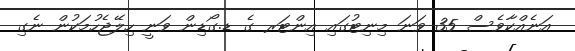
އަނެއްކާވެސް 35 ވަނަ މިނިޓުގައި އިންޓަރ ގެ ޑ.ގޯޑިން ވަނީ ހިލޭޖެހުމަކުން ނެގި